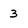
Character: 3